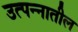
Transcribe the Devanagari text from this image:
उत्पन्‍नातील